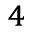
^ { 4 }